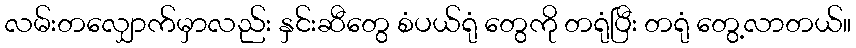
လမ်းတလျှောက်မှာလည်း နှင်းဆီတွေ စံပယ်ရုံ တွေကို တရုံပြီး တရုံ တွေ့လာတယ်။